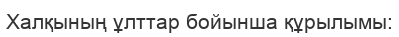
Халқының ұлттар бойынша құрылымы: